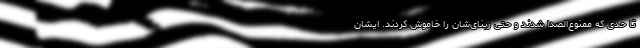
تا ‌حدی که ممنوع‌الصدا شدند و حتی ربنای‌شان را خاموش کردند. ایشان